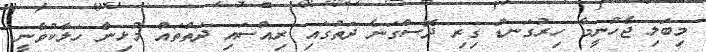
މިބަލި ޖެހުނީމާ ހިރުގަނޑު ގިރި ދޮސްގަނެ ދަތުގައި ރިއްސައި ދަތްތައް މުޅިން ހަލާކުވާނީ